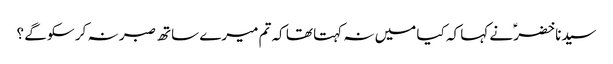
سیدنا خضرؑ نے کہا کہ کیا میں نہ کہتا تھا کہ تم میرے ساتھ صبر نہ کر سکو گے ؟